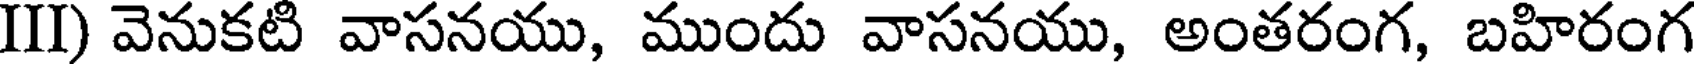
III) వెనుకటి వాసనయు, ముందు వాసనయు, అంతరంగ, బహిరంగ